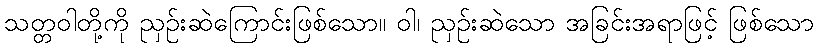
သတ္တဝါတို့ကို ညှဉ်းဆဲကြောင်းဖြစ်သော။ ဝါ၊ ညှဉ်းဆဲသော အခြင်းအရာဖြင့် ဖြစ်သော